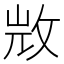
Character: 𣁋